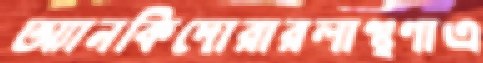
অ্যানকিদোরারলাঞ্ছণাএ